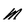
Character: M